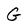
Character: G